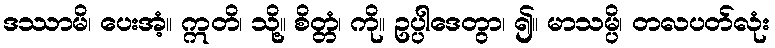
ဒဿာမိ၊ ပေးအံ့။ ဣတိ၊ သို့။ စိတ္တံ၊ ကို။ ဥပ္ပါဒေတွာ၊ ၍။ မာသမ္ပိ၊ တလပတ်လုံး